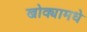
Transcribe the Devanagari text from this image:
खोक्यामधे